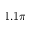
1 . 1 \pi